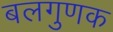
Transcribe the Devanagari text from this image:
बलगुणक